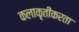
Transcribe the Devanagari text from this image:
कलाकृतींकरता